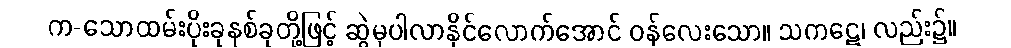
က-သောထမ်းပိုးခုနစ်ခုတို့ဖြင့် ဆွဲမှပါလာနိုင်လောက်အောင် ဝန်လေးသော။ သကဋေ၊ လည်း၌။